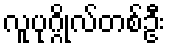
လူပုဂ္ဂိုလ်တစ်ဦး